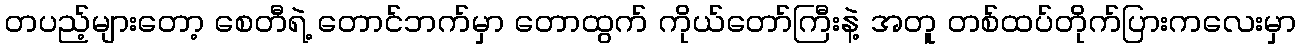
တပည့်များတော့ စေတီရဲ့ တောင်ဘက်မှာ တောထွက် ကိုယ်တော်ကြီးနဲ့ အတူ တစ်ထပ်တိုက်ပြားကလေးမှာ